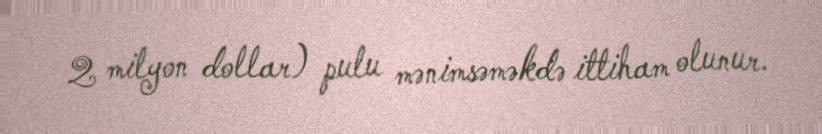
2 milyon dollar) pulu mənimsəməkdə ittiham olunur.